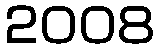
2008